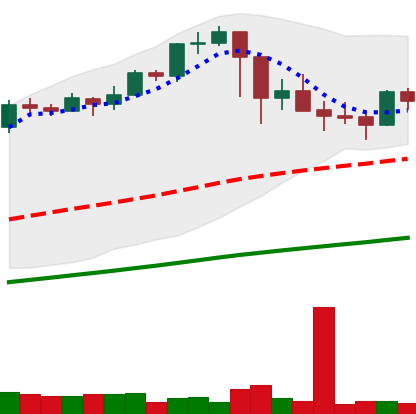
Ticker: BTC-USD
Chart end date: 2021-03-02
Forward return: 5.845%
Label: up_5_7